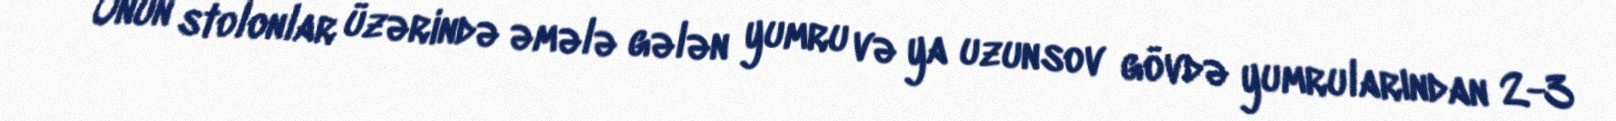
Onun stolonlar üzərində əmələ gələn yumru və ya uzunsov gövdə yumrularından 2-3